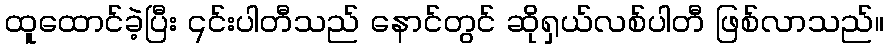
ထူထောင်ခဲ့ပြီး ၎င်းပါတီသည် နောင်တွင် ဆိုရှယ်လစ်ပါတီ ဖြစ်လာသည်။